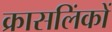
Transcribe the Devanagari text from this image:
क्रासलिंकों